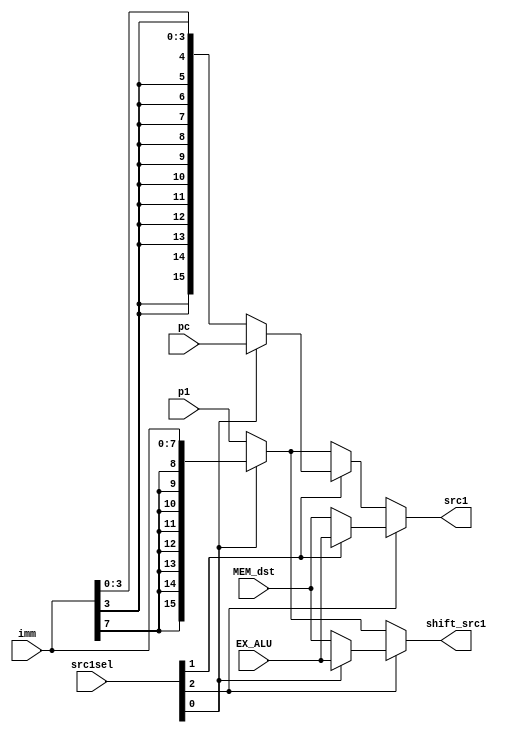
////////////////////////////////////////////////////////////////////////////////
// Source 1 Mux                                                               //
// Andrew Gailey and Zach York                                                //
////////////////////////////////////////////////////////////////////////////////
module SRC1_MUX(src1, shift_src1, imm, p1, EX_ALU, MEM_dst, src1sel, pc);
input [2:0] src1sel;                     // Input select
input [15:0] p1, pc, EX_ALU, MEM_dst;    // Src1 read from forwards, reg, or pc+1
input [7:0] imm;                         // Immediate to be sign extended
output [15:0] src1, shift_src1;          // Mux output

// Select ALU SRC1
assign src1 = src1sel[2] ? (src1sel[1] ? EX_ALU                                 // Forward from next
                                       : MEM_dst)                               // Forward from 2nd next
                         : (src1sel[1] ? (src1sel[0] ? pc                       // PC+1
                                                     : {{12{imm[3]}}, imm[3:0]})// 4 bit immediate
                                       : (src1sel[0] ? {{8{imm[7]}}, imm[7:0]}  // 8 bit immediate
                                                     : p1));                    // Register value

// Select Shifter SRC (parallel select shortens the critical path)
assign shift_src1 = src1sel[2] ? (src1sel[0] ? EX_ALU                   // Forward from next
                                             : MEM_dst)                 // Forward from 
                               : (src1sel[0] ? {{8{imm[7]}}, imm[7:0]}  // 8 bit immediate
                                             : p1);                     // Register value

endmodule